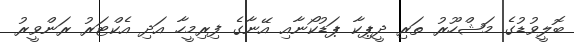
ބޮލީވުޑުގެ މަޝްހޫރު ތަރި ދީޕިކާ ޕަޑުކޯނާއި އޭނާގެ ފިރިމީހާ އަދި އެކްޓަރު ރަންވީރު